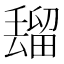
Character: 𰣒